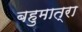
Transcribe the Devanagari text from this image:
बहुमात्रा